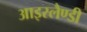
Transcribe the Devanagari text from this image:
आइस्लैण्डी